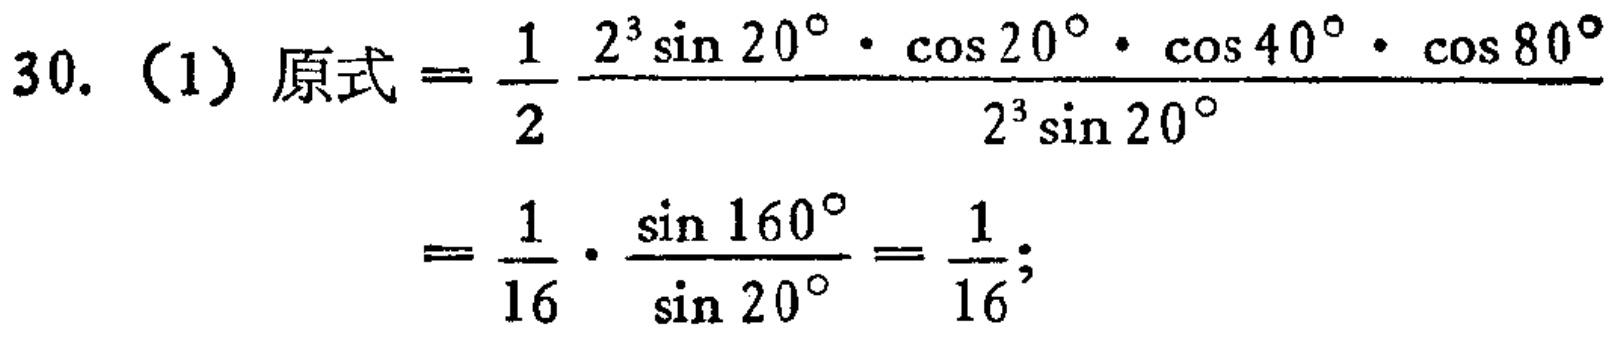
30. (1) 原式$=\frac{1}{2}\frac{2^{3}\sin 20^{\circ}\cdot\cos 20^{\circ}\cdot\cos 40^{\circ}\cdot\cos 80^{\circ}}{2^{3}\sin 20^{\circ}}$

$=\frac{1}{16}\cdot\frac{\sin 160^{\circ}}{\sin 20^{\circ}}=\frac{1}{16};$